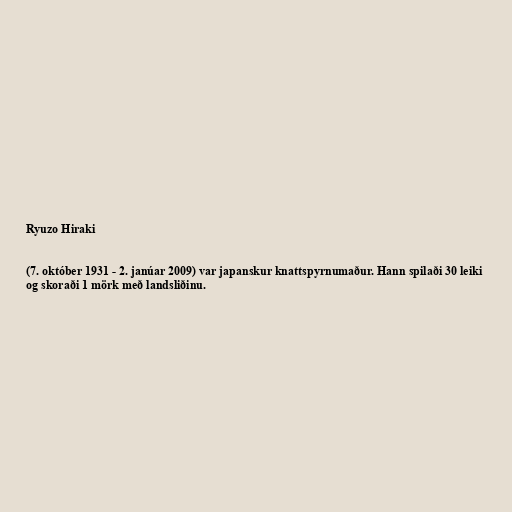
Ryuzo Hiraki

(7. október 1931 - 2. janúar 2009) var japanskur knattspyrnumaður. Hann spilaði 30 leiki
og skoraði 1 mörk með landsliðinu.